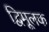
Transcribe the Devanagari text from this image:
द्विमूलक